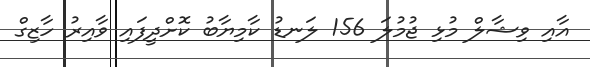
އާއި ވިޝާލް މުޅި ޖުމުލަ 156 ލަނޑު ކާމިޔާބު ކޮށްދީފައި ވާއިރު ހާޒިގް